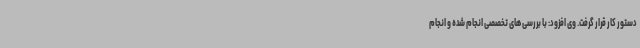
دستور کار قرار گرفت. وی افزود: با بررسی های تخصصی انجام شده و انجام